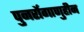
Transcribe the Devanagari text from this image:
पुनर्रोगाणुहीन